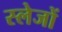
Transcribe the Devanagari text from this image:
स्लेजों